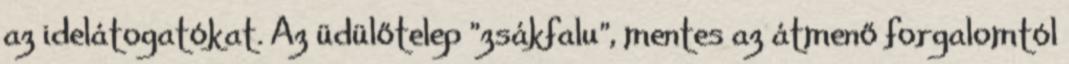
az idelátogatókat. Az üdülőtelep "zsákfalu", mentes az átmenő forgalomtól